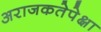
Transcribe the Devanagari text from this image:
अराजकतेपेक्षा